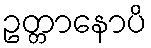
ဥတ္တာနောပိ